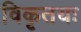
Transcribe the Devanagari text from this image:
विकृतयः